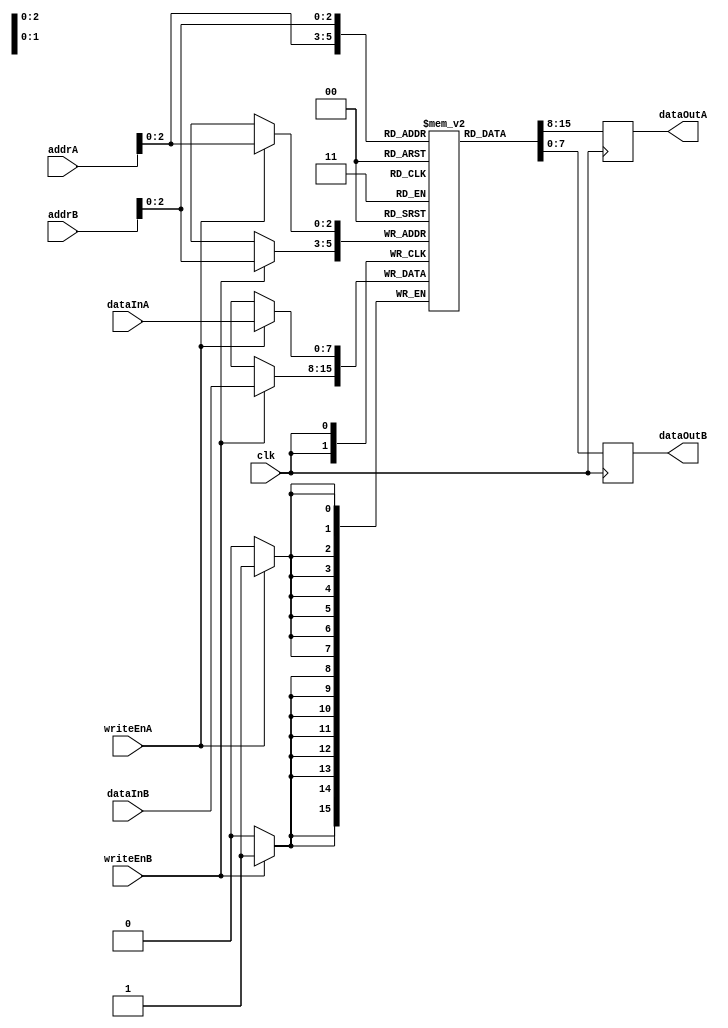
module DualPortRegisterFile #(
  parameter DATA_WIDTH = 8,
  parameter FILE_DEPTH = 8
)(
  input wire clk,
  input wire [DATA_WIDTH-1:0] dataInA,
  input wire [DATA_WIDTH-1:0] dataInB,
  input wire [FILE_DEPTH-1:0] addrA,
  input wire [FILE_DEPTH-1:0] addrB,
  input wire writeEnA,
  input wire writeEnB,
  output reg [DATA_WIDTH-1:0] dataOutA,
  output reg [DATA_WIDTH-1:0] dataOutB
);

reg [DATA_WIDTH-1:0] registers [FILE_DEPTH-1:0];

always @(posedge clk) begin
  if(writeEnA) begin
    registers[addrA] <= dataInA;
  end
  if(writeEnB) begin
    registers[addrB] <= dataInB;
  end
  dataOutA <= registers[addrA];
  dataOutB <= registers[addrB];
end

endmodule